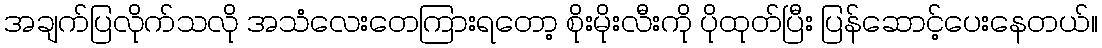
အချက်ပြလိုက်သလို အသံလေးတေကြားရတော့ စိုးမိုးလီးကို ပိုထုတ်ပြီး ပြန်ဆောင့်ပေးနေတယ်။